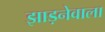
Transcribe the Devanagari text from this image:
झाड़नेवाला